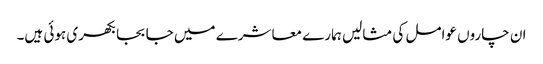
ان چاروں عوامل کی مثالیں ہمارے معاشرے میں جا بجا بکھری ہوئی ہیں۔